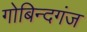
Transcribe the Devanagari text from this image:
गोबिन्दगंज